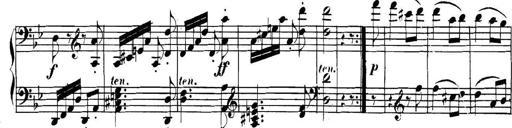
Title: Collected Piano Sonatas
Composer: Muzio Clementi